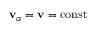
\mathbf { v } _ { \alpha } = \mathbf { v } = \mathrm { c o n s t }